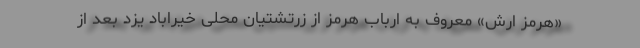
«هرمز ارش» معروف به ارباب هرمز از زرتشتیان محلی خیراباد یزد بعد از